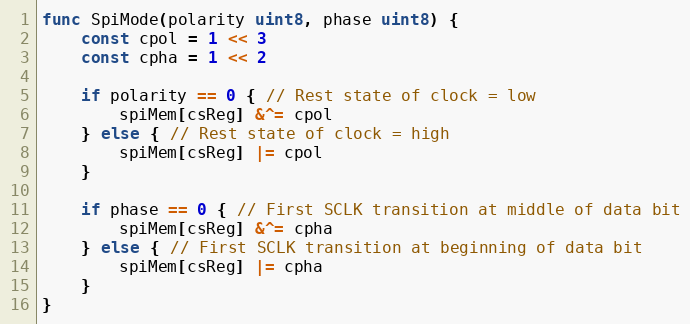
Language: Go
func SpiMode(polarity uint8, phase uint8) {
	const cpol = 1 << 3
	const cpha = 1 << 2

	if polarity == 0 { // Rest state of clock = low
		spiMem[csReg] &^= cpol
	} else { // Rest state of clock = high
		spiMem[csReg] |= cpol
	}

	if phase == 0 { // First SCLK transition at middle of data bit
		spiMem[csReg] &^= cpha
	} else { // First SCLK transition at beginning of data bit
		spiMem[csReg] |= cpha
	}
}